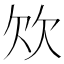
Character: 𣢐